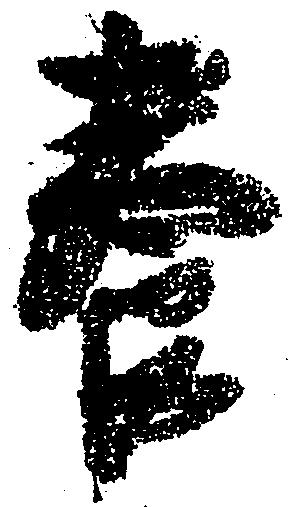
養